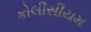
કોલીસીયમ